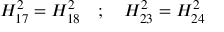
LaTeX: H _ { 1 7 } ^ { 2 } = H _ { 1 8 } ^ { 2 } \quad ; \quad H _ { 2 3 } ^ { 2 } = H _ { 2 4 } ^ { 2 }